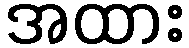
အထား